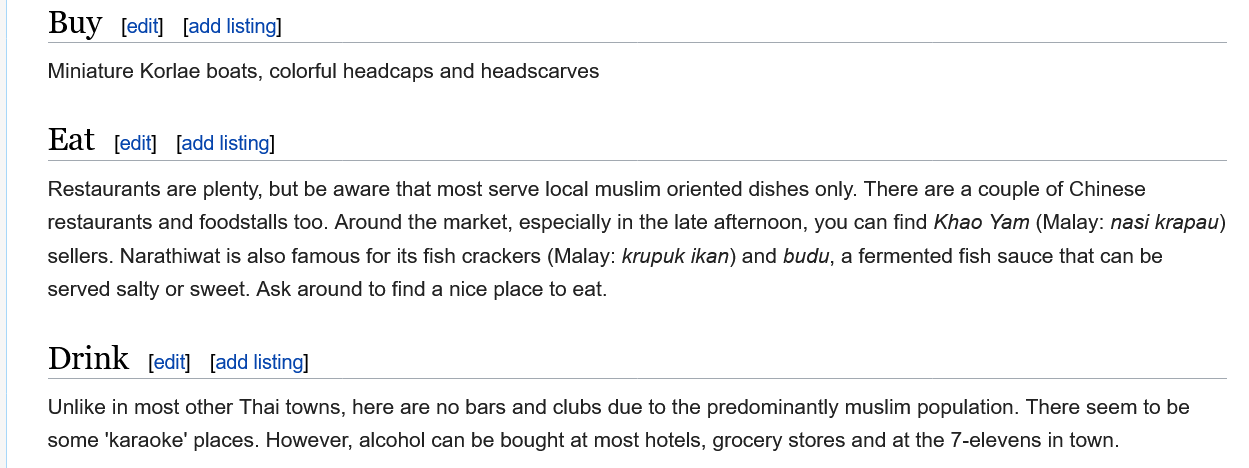
Miniature Korlae boats, colorful headcaps and headscarves
     Unlike in most other Thai towns, here are no bars and clubs due to the predominantly muslim population. There seem to be
     some ‘karaoke’ places. However, alcohol can be bought at most hotels, grocery stores and at the 7-elevens in town.
     Drink
     Eat
     Buy    [edit] [add listing]
     [edit] [add listing]
     [edit] [add listing]
     Restaurants are plenty, but be aware that most serve local muslim oriented dishes only. There are a couple of Chinese
     restaurants and foodstalls too. Around the market, especially in the late afternoon, you can find Khao Yam (Malay: nasi krapau)
     sellers. Narathiwat is also famous for its fish crackers (Malay: krupuk ikan) and budu, a fermented fish sauce that can be
     served salty or sweet. Ask around to find a nice place to eat.